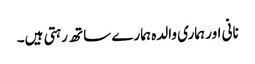
نانی اور ہماری والدہ ہمارے ساتھ رہتی ہیں۔